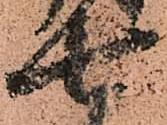
七